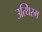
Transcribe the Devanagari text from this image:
उत्थिरम